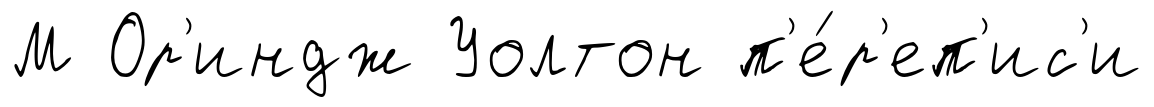
М Ор'индж Уолтон п'е́р'еп'ис'и